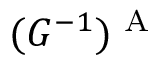
( G ^ { - 1 } ) ^ { \textrm { A } }